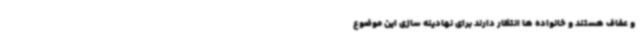
و عفاف هستند و خانواده ها انتظار دارند برای نهادینه سازی این موضوع